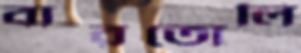
বারতোলি